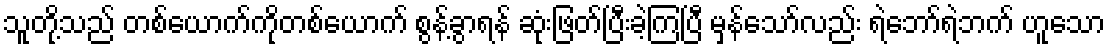
သူတို့သည် တစ်ယောက်ကိုတစ်ယောက် စွန့်ခွာရန် ဆုံးဖြတ်ပြီးခဲ့ကြပြီ မှန်သော်လည်း ရဲဘော်ရဲဘက် ဟူသော